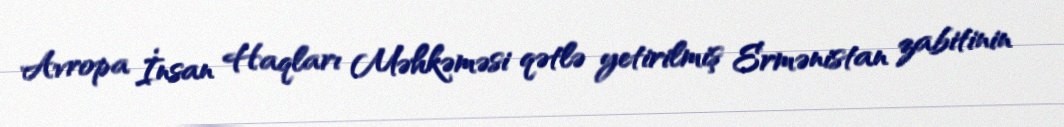
Avropa İnsan Haqları Məhkəməsi qətlə yetirilmiş Ermənistan zabitinin